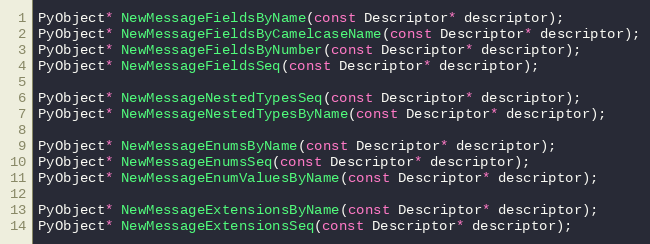
Language: C
PyObject* NewMessageFieldsByName(const Descriptor* descriptor);
PyObject* NewMessageFieldsByCamelcaseName(const Descriptor* descriptor);
PyObject* NewMessageFieldsByNumber(const Descriptor* descriptor);
PyObject* NewMessageFieldsSeq(const Descriptor* descriptor);

PyObject* NewMessageNestedTypesSeq(const Descriptor* descriptor);
PyObject* NewMessageNestedTypesByName(const Descriptor* descriptor);

PyObject* NewMessageEnumsByName(const Descriptor* descriptor);
PyObject* NewMessageEnumsSeq(const Descriptor* descriptor);
PyObject* NewMessageEnumValuesByName(const Descriptor* descriptor);

PyObject* NewMessageExtensionsByName(const Descriptor* descriptor);
PyObject* NewMessageExtensionsSeq(const Descriptor* descriptor);